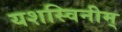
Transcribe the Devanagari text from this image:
यशस्विनीम्‌